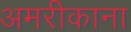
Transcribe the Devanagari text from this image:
अमरीकाना